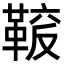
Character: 𩋛